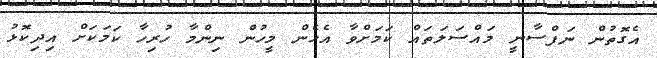
އެގޮތުން ނަފްސާނީ މައްސަލަތައް ކަމަށްވާ އެހެން މީހުން ނިންމާ ހުރިހާ ކަމަކަށް އިދިކޮޅު